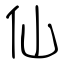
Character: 仙